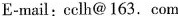
E-mail:cclh@ 163.Com